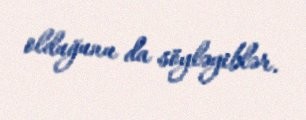
olduğunu da söyləyiblər.